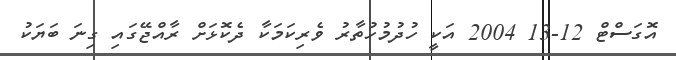
އޮގަސްޓް 12-13 2004 އަކީ ހުދުމުހުތާރު ވެރިކަމަކާ ދެކޮޅަށް ރާއްޖޭގައި ގިނަ ބަޔަކު